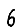
Digit: 6